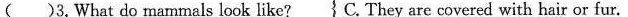
( )3.What do mammals look like?C. They are covered with hair or fur.